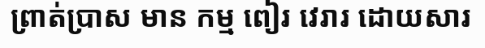
ព្រាត់ប្រាស មាន កម្ម ពៀរ វេរារ ដោយសារ